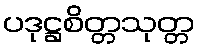
ပဒုဋ္ဌစိတ္တသုတ္တ